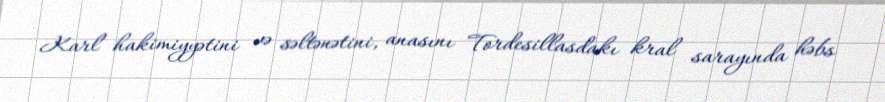
Karl hakimiyyətini və səltənətini, anasını Tordesillasdakı kral sarayında həbs